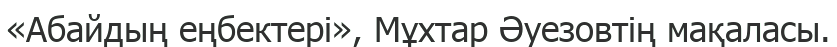
«Абайдың еңбектері», Мұхтар Әуезовтің мақаласы.